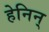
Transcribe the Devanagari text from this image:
हेनिन्